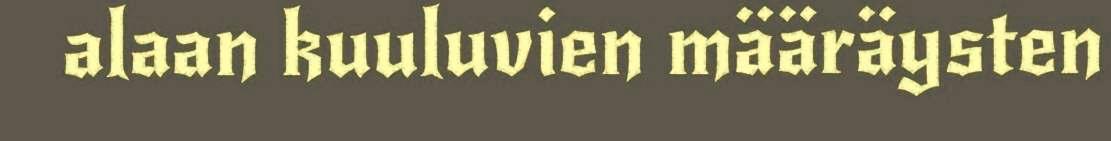
alaan kuuluvien määräysten